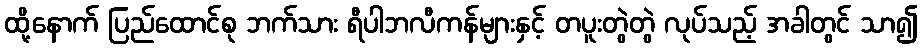
ထို့နောက် ပြည်ထောင်စု ဘက်သား ရီပါဘလီကန်များနှင့် တပူးတွဲတွဲ လုပ်သည့် အခါတွင် သာ၍